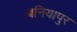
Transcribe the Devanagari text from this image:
बनियापुर